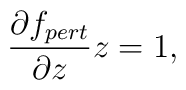
\frac{\partial f_{pert}}{\partial z} z = 1,